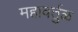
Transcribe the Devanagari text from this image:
महावर्तुळ